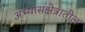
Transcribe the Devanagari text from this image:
अभ्यासक्षेत्रातील